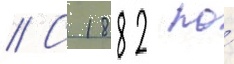
// С 1882 по́